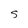
Character: S